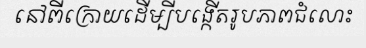
នៅពីក្រោយដើម្បីបង្កើតរូបភាពជំលោះ